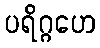
ပရိဂ္ဂဟေ